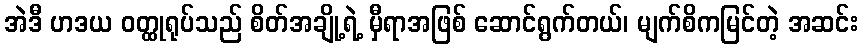
အဲဒီ ဟဒယ ဝတ္ထုရုပ်သည် စိတ်အချို့ရဲ့ မှီရာအဖြစ် ဆောင်ရွက်တယ်၊ မျက်စိကမြင်တဲ့ အဆင်း